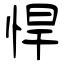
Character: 悍